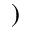
)